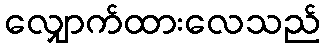
လျှောက်ထားလေသည်